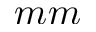
m m